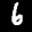
Label: 6